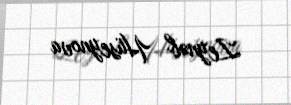
Zeynəb Hüseynova